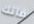
فاتك